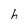
Character: h